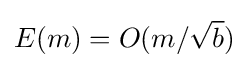
E(m)=O(m/{\sqrt {b}})